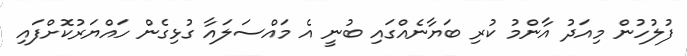
ފުލުހުން މިއަދު އާންމު ކުރި ބަޔާނެއްގައި ބުނީ އެ މައްސަލައާ ގުޅިގެން ހައްޔަރުކޮށްފައި